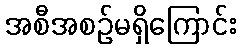
အစီအစဉ်မရှိကြောင်း